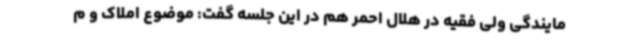
مایندگی ولی فقیه در هلال احمر هم در این جلسه گفت: موضوع املاک و م